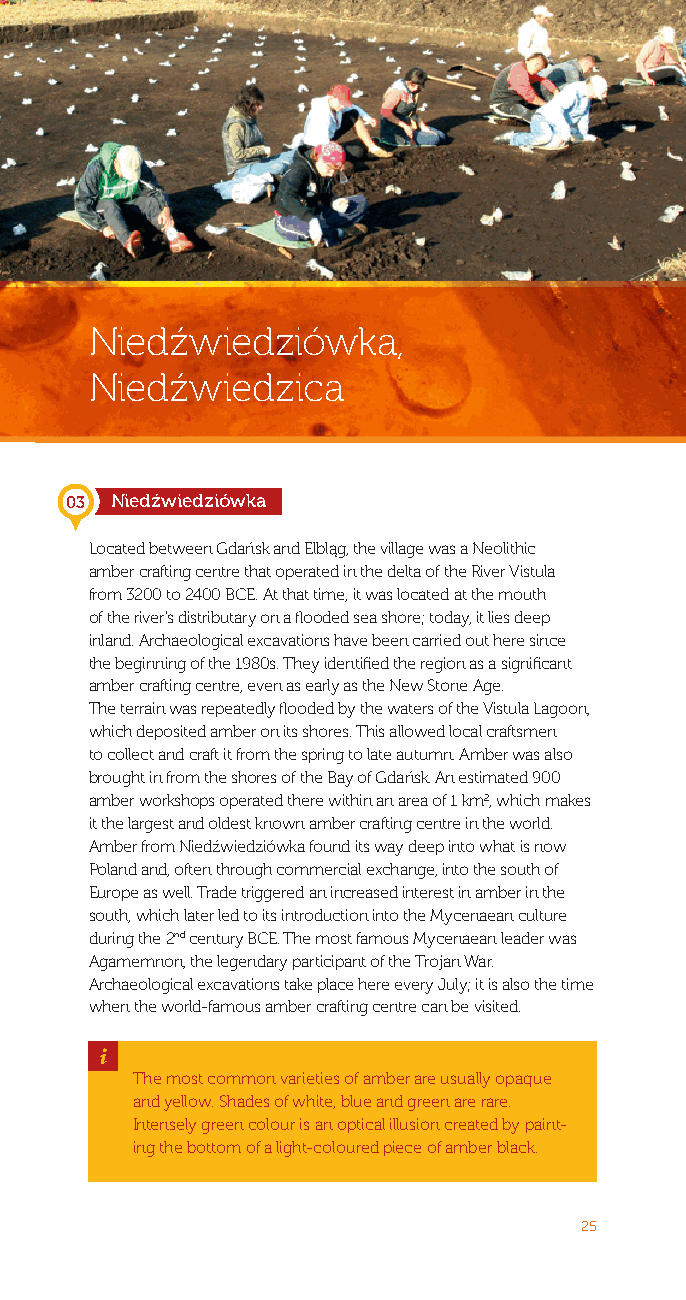
Niedźwiedziówka,
 Niedźwiedzica
 03 Niedźwiedziówka
 Located between Gdańsk and Elbląg, the village was a Neolithic
 amber crafting centre that operated in the delta of the River Vistula
 from 3200 to 2400 BCE. At that time, it was located at the mouth
 of the river’s distributary on a flooded sea shore; today, it lies deep
 inland. Archaeological excavations have been carried out here since
 the beginning of the 1980s. They identified the region as a significant
 amber crafting centre, even as early as the New Stone Age.
 The terrain was repeatedly flooded by the waters of the Vistula Lagoon,
 which deposited amber on its shores. This allowed local craftsmen
 to collect and craft it from the spring to late autumn. Amber was also
 brought in from the shores of the Bay of Gdańsk. An estimated 900
 amber workshops operated there within an area of 1 km2, which makes
 it the largest and oldest known amber crafting centre in the world.
 Amber from Niedźwiedziówka found its way deep into what is now
 Poland and, often through commercial exchange, into the south of
 Europe as well. Trade triggered an increased interest in amber in the
 south, which later led to its introduction into the Mycenaean culture
 during the 2nd century BCE. The most famous Mycenaean leader was
 Agamemnon, the legendary participant of the Trojan War.
 Archaeological excavations take place here every July; it is also the time
 when the world-famous amber crafting centre can be visited.
 _
 The most common varieties of amber are usually opaque
 and yellow. Shades of white, blue and green are rare.
 Intensely green colour is an optical illusion created by paint-
 ing the bottom of a light-coloured piece of amber black.
 25